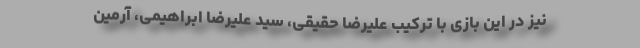
نیز در این بازی با ترکیب علیرضا حقیقی، سید علیرضا ابراهیمی، آرمین